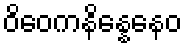
ဝိဝေကနိန္နေနေဝ